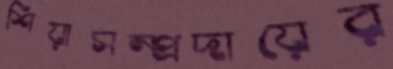
শিয়াসম্প্রদায়ের